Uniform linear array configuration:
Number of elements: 8
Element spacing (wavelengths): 1
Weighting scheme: hamming
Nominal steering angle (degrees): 45
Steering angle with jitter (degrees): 43.562
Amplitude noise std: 0.05
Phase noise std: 0.05

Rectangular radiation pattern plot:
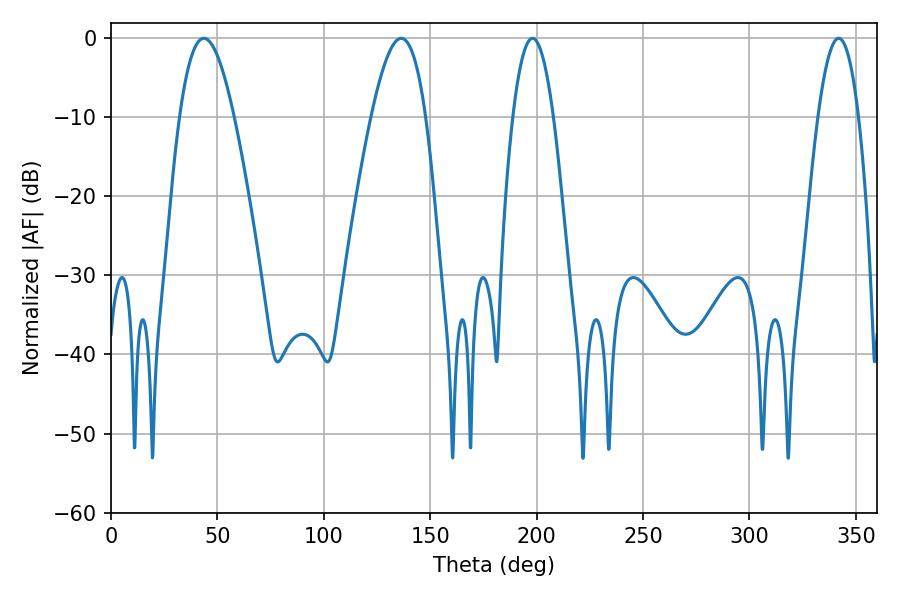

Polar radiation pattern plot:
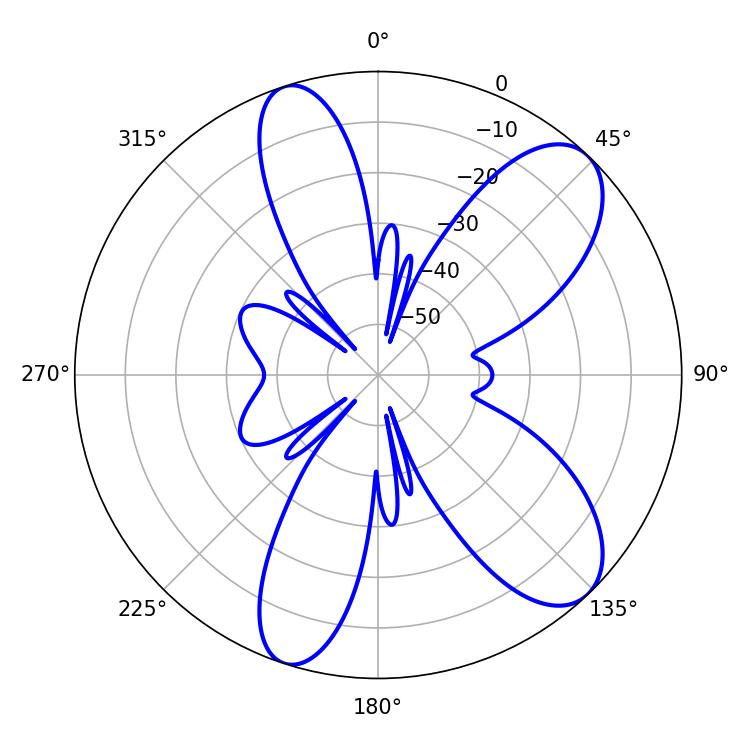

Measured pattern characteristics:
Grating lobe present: TRUE
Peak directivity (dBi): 9.15
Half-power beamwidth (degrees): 13.86
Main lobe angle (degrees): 43.56